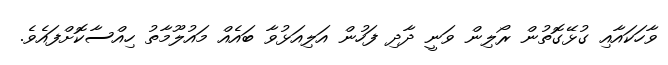
ވާހަކައާއި ގުޅޭގޮތުން ރޯލިން ވަނީ ދާދި ފަހުން އަލިއަޅުވާ ބައެއް މައުލޫމާތު ހިއްސާކޮށްފައެވެ.